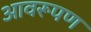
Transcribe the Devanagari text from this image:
आवरूपण